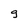
Character: g